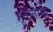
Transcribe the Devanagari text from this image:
तूतीनामा